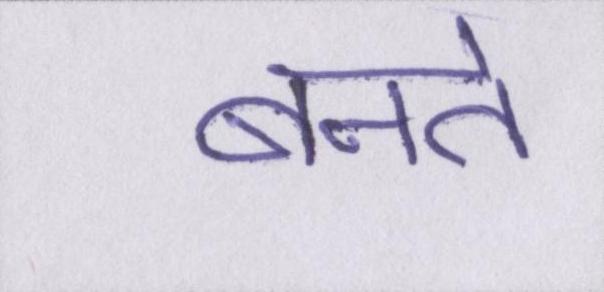
बनते